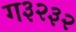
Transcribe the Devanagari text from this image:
ग३२३२